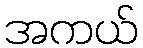
အကယ်